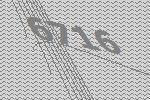
6716